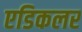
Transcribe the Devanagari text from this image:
एडिकलर